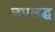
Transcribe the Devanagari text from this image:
उपलद्ध